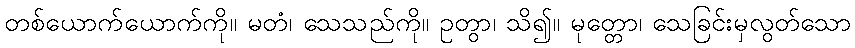
တစ်ယောက်ယောက်ကို။ မတံ၊ သေသည်ကို။ ဥတွာ၊ သိ၍။ မုတ္တော၊ သေခြင်းမှလွတ်သော